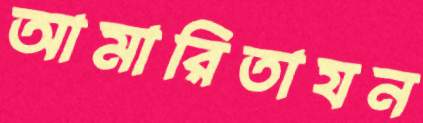
আমারিতাযন